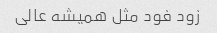
زود فود مثل همیشه عالی